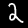
Digit: 2